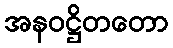
အနဝဋ္ဌိတတော